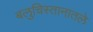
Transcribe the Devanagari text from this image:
बलुचिस्तानातले